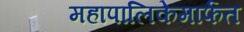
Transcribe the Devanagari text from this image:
महापालिकेमार्फत